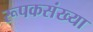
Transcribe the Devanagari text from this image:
रूपकसंख्या